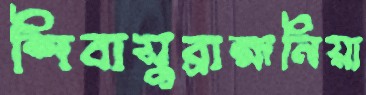
শিবাসুব্রাহ্মনিয়া